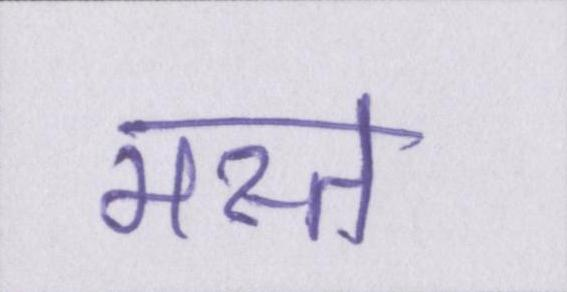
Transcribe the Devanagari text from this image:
मस्त